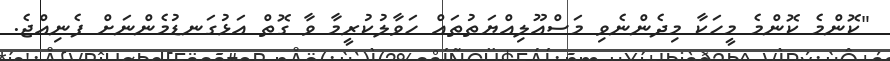
"ކޮންމެ ކޮންމެ މީހަކާ މިދެންނެވި މަސްއޫލިއްޔަތުތައް ހަވާލުކުރީމާ ވާ ގޮތް އަޅުގަނޑުމެންނަށް ފެނިއްޖެ.